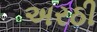
અરઠી